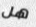
هل